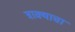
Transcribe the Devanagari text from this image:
त्राक्याचा